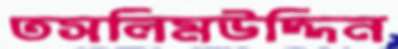
তসলিমউদ্দিন